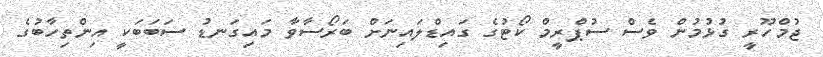
ޖުމްހޫރީ ގުޅުމުން ވެސް ސުޕްރީމް ކޯޓުގެ ގައިޑްލައިނަށް ބަރޯސާވާ މައިގަނޑު ސަބަބަކީ އިންތިހާބުގެ